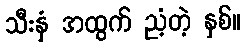
သီးနှံ အထွက် ညံ့တဲ့ နှစ်။